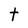
Character: t